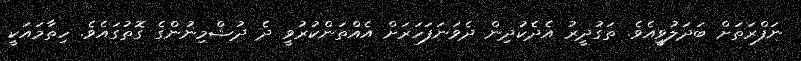
ނަފްރަތަށް ބަދަލުވީއެވެ. ތަގުދީރު އެދެކުދިން ދެވަނަފަހަރަށް އެއްތަންކުރުވީ ދެ ދުޝްމިނުންގެ ގޮތުގައެވެ. ހިތާމައަކީ